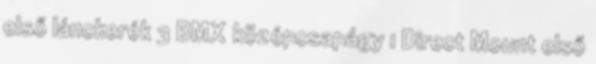
első lánckerék 3 BMX középcsapágy 1 Direct Mount első